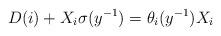
LaTeX: \begin{align*} D(i)+X_i\sigma(y^{-1})=\theta_i(y^{-1})X_i\end{align*}